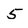
Character: 5